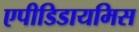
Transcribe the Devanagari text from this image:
एपीडिडायमिस